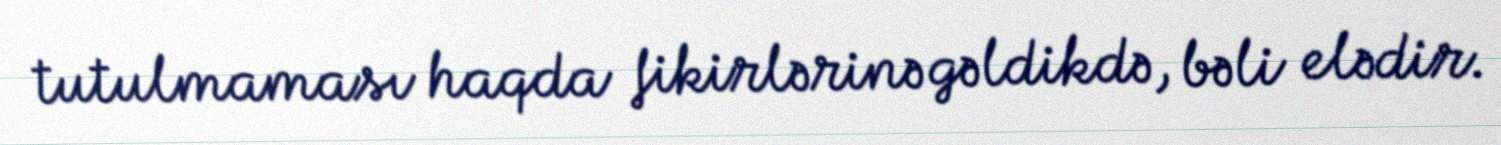
tutulmaması haqda fikirlərinə gəldikdə, bəli elədir.